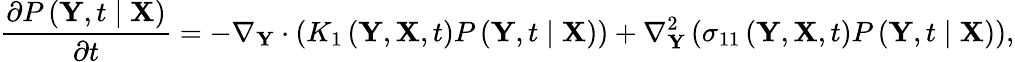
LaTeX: \frac{\partial P\left(\mathbf{Y},t\mid\mathbf{X}\right)}{\partial t}=-\nabla_{\mathbf{Y}}\cdot\left(K_{1}\left(\mathbf{Y},\mathbf{X},t\right)P\left(\mathbf{Y},t\mid\mathbf{X}\right)\right)+\nabla_{\mathbf{Y}}^{2}\left(\sigma_{11}\left(\mathbf{Y},\mathbf{X},t\right)P\left(\mathbf{Y},t\mid\mathbf{X}\right)\right),